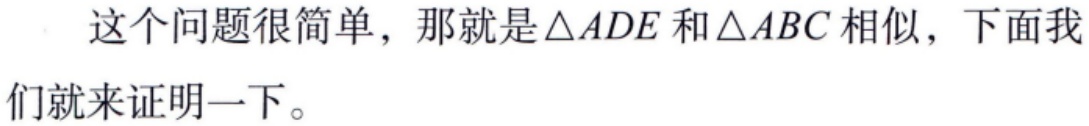
这个问题很简单，那就是\(\triangle ADE\)和\(\triangle ABC\)相似，下面我们就来证明一下。